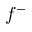
f ^ { - }